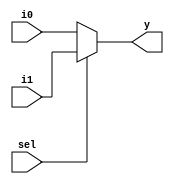
`timescale 1ns / 1ps

module mux2_1(
    input [31:0] i0,
    input [31:0] i1,
    input sel,
    output [31:0] y
    );
    assign y = sel ? i1 : i0;
endmodule